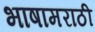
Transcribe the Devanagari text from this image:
भाषामराठी